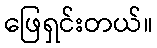
ဖြေရှင်းတယ်။